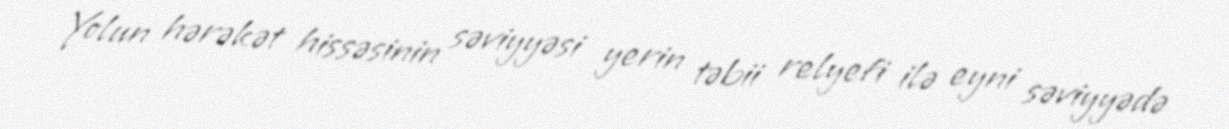
Yolun hərəkət hissəsinin səviyyəsi yerin təbii relyefi ilə eyni səviyyədə